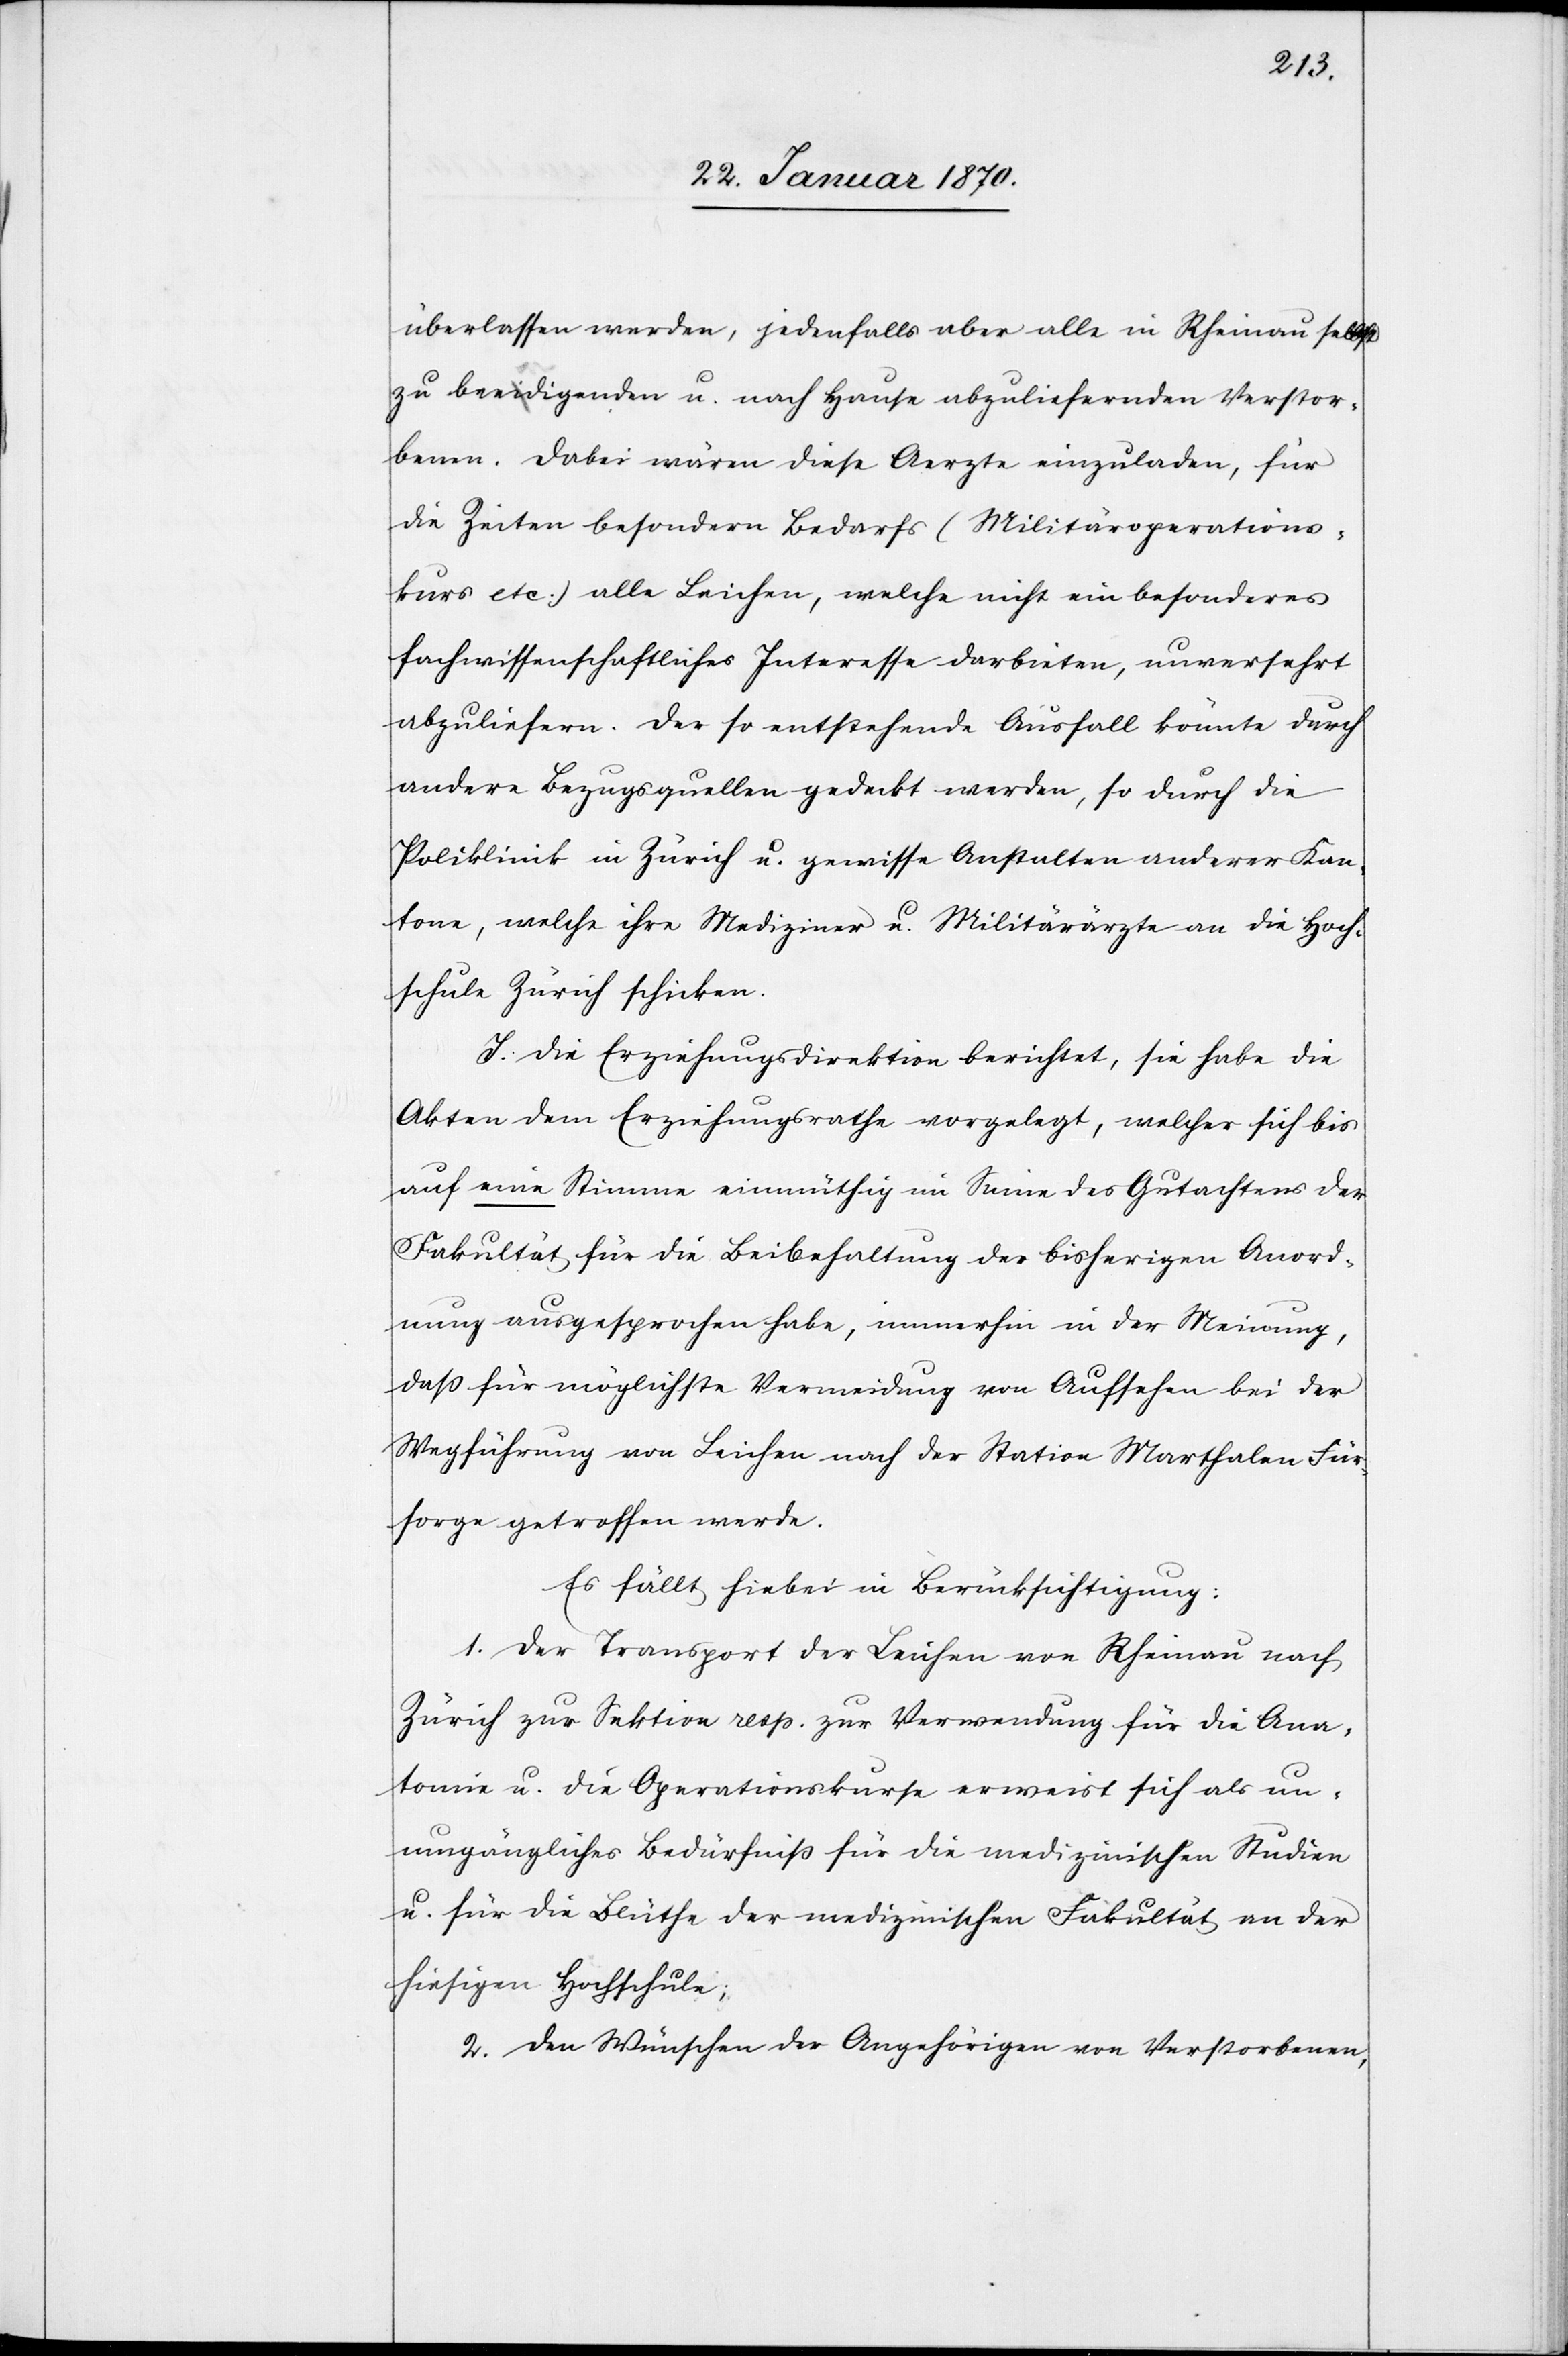
überlassen werden, jedenfalls aber alle in Rheinau selbst
zu beeidigenden u. nach Hause abzuliefernden Verstor¬
benen. Dabei wären diese Aerzte einzuladen, für
die Zeiten besondern Bedarfs (Militäroperations¬
kurs etc.) alle Leichen, welche nicht ein besonderes
fachwissenschaftliches Interesse darbieten, unversehrt
abzuliefern. Der so entstehende Ausfall könnte durch
andere Bezugsquellen gedeckt werden, so durch die
Poliklinik in Zürich u. gewisse Anstalten anderer Kan¬
tone, welche ihre Mediziner u. Militärärzte an die Hoch¬
schule Zürich schicken.
I. Die Erziehungsdirektion berichtet, sie habe die
Akten dem Erziehungsrathe vorgelegt, welcher sich bis
auf eine Stimme einmüthig im Sinne des Gutachtens der
Fakultät für die Beibehaltung der bisherigen Anord¬
nung ausgesprochen habe, immerhin in der Meinung,
daß für möglichste Vermeidung von Aufsehen bei der
Wegführung von Leichen nach der Station Marthalen Für¬
sorge getroffen werde.
Es fällt hierbei in Berücksichtigung:
1. Der Transport der Leichen von Rheinau nach
Zürich zur Sektion resp. zur Verwendung für die Ana¬
tomie u. die Operationskurse erweist sich als un¬
umgängliches Bedürfniß für die medizinischen Studien
u. für die Blüthe der medizinischen Fakultät an der
hiesigen Hochschule;
2. Den Wünschen der Angehörigen von Verstorbenen,